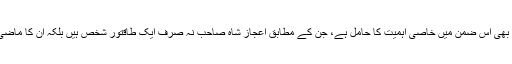
اعزاز سید صاحب کا تبصرہ بھی اس ضمن میں خاصی اہمیت کا حامل ہے، جن کے مطابق اعجاز شاہ صاحب نہ صرف ایک طاقتور شخص ہیں بلکہ ان کا ماضی بھی خاصا طاقتور رہا ہے۔